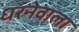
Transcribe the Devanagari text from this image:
धरनेवाला